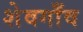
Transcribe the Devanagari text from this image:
शेवगाँव